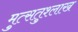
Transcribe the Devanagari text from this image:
मुत्सतुश्लाख